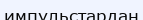
импульстардан